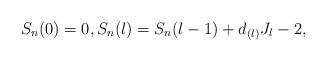
LaTeX: \begin{align*} S_n(0)=0, S_n(l)=S_n(l-1)+d_{(l)}J_l-2, \end{align*}